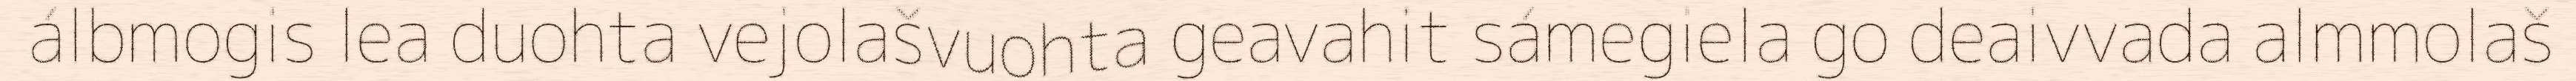
álbmogis lea duohta vejolašvuohta geavahit sámegiela go deaivvada almmolaš